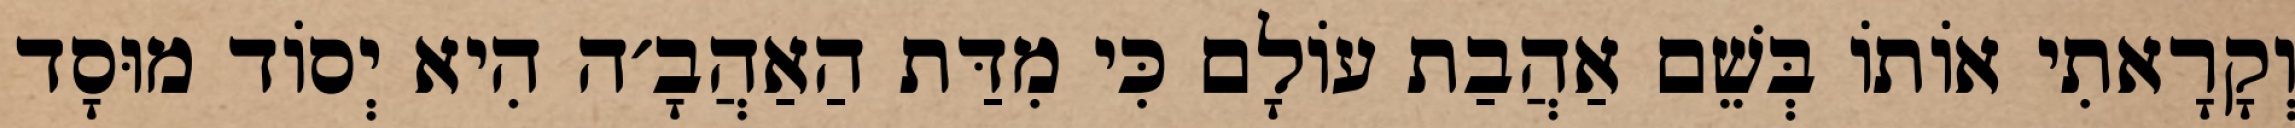
וְקָרָאתִי אוֹתוֹ בְּשֵׁם אַהֲבַת עוֹלָם כִּי מִדַּת הַאַהֲבָ׳ה הִיא יְסוֹד מוּסָד